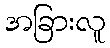
အခြားလူ